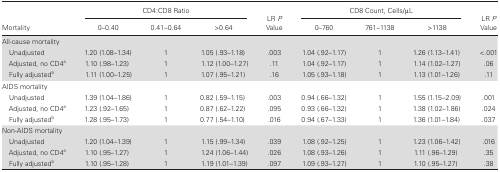
<table><thead><tr><td rowspan="2"><b>Mortality</b></td><td colspan="3"><b>CD4:CD8 Ratio</b></td><td rowspan="2"><b>LR <i>P</i> Value</b></td><td colspan="3"><b>CD8 Count, Cells/μL</b></td><td rowspan="2"><b>LR <i>P</i> Value</b></td></tr><tr><td><b>0–0.40</b></td><td><b>0.41–0.64</b></td><td><b>&gt;0.64</b></td><td><b>0–760</b></td><td><b>761–1138</b></td><td><b>&gt;1138</b></td></tr></thead><tbody><tr><td colspan="9">All-cause mortality</td></tr><tr><td> Unadjusted</td><td>1.20 (1.08–1.34)</td><td>1</td><td>1.05 (.93–1.18)</td><td>.003</td><td>1.04 (.92–1.17)</td><td>1</td><td>1.26 (1.13–1.41)</td><td>&lt;.001</td></tr><tr><td> Adjusted, no CD4<sup>a</sup></td><td>1.10 (.98–1.23)</td><td>1</td><td>1.12 (1.00–1.27)</td><td>.11</td><td>1.04 (.92–1.17)</td><td>1</td><td>1.14 (1.02–1.27)</td><td>.06</td></tr><tr><td> Fully adjusted<sup>b</sup></td><td>1.11 (1.00–1.25)</td><td>1</td><td>1.07 (.95–1.21)</td><td>.16</td><td>1.05 (.93–1.18)</td><td>1</td><td>1.13 (1.01–1.26)</td><td>.11</td></tr><tr><td colspan="9">AIDS mortality</td></tr><tr><td> Unadjusted</td><td>1.39 (1.04–1.86)</td><td>1</td><td>0.82 (.59–1.15)</td><td>.003</td><td>0.94 (.66–1.32)</td><td>1</td><td>1.55 (1.15–2.09)</td><td>.001</td></tr><tr><td> Adjusted, no CD4<sup>a</sup></td><td>1.23 (.92–1.65)</td><td>1</td><td>0.87 (.62–1.22)</td><td>.095</td><td>0.93 (.66–1.32)</td><td>1</td><td>1.38 (1.02–1.86)</td><td>.024</td></tr><tr><td> Fully adjusted<sup>b</sup></td><td>1.28 (.95–1.73)</td><td>1</td><td>0.77 (.54–1.10)</td><td>.016</td><td>0.94 (.67–1.33)</td><td>1</td><td>1.36 (1.01–1.84)</td><td>.037</td></tr><tr><td colspan="9">Non-AIDS mortality</td></tr><tr><td> Unadjusted</td><td>1.20 (1.04–1.39)</td><td>1</td><td>1.15 (.99–1.34)</td><td>.039</td><td>1.08 (.92–1.25)</td><td>1</td><td>1.23 (1.06–1.42)</td><td>.016</td></tr><tr><td> Adjusted, no CD4<sup>a</sup></td><td>1.10 (.95–1.27)</td><td>1</td><td>1.24 (1.06–1.44)</td><td>.026</td><td>1.08 (.93–1.26)</td><td>1</td><td>1.11 (.96–1.29)</td><td>.35</td></tr><tr><td> Fully adjusted<sup>b</sup></td><td>1.10 (.95–1.28)</td><td>1</td><td>1.19 (1.01–1.39)</td><td>.097</td><td>1.09 (.93–1.27)</td><td>1</td><td>1.10 (.95–1.27)</td><td>.38</td></tr></tbody></table>